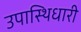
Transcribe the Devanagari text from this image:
उपास्थिधारी